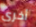
أخرى